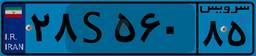
۲۸S۵۶۰۸۵